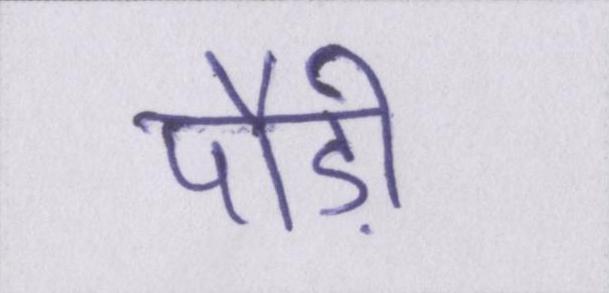
पौड़ी